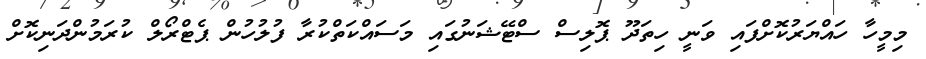
މިމީހާ ހައްޔަރުކޮށްފައި ވަނީ ހިތަދޫ ޕޮލިސް ސްޓޭޝަނުގައި މަސައްކަތްކުރާ ފުލުހުން ޕެޓްރޯލް ކުރަމުންދަނިކޮށް